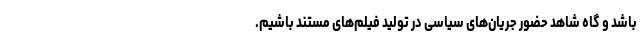
باشد و گاه شاهد حضور جریان‌های سیاسی در تولید فیلم‌های مستند باشیم.